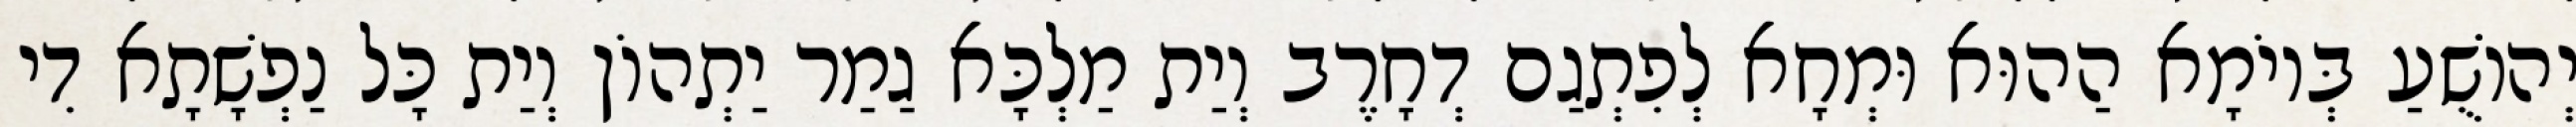
יְהוֹשֻׁעַ בְּיוֹמָא הַהוּא וּמְחָא לְפִתְגַם דְחָרֶב וְיַת מַלְכָּא גַמַר יַתְהוֹן וְיַת כָּל נַפְשָׁתָא דִי